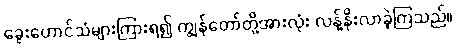
ခွေးဟောင်သံများကြားရ၍ ကျွန်တော်တို့အားလုံး လန့်နိုးလာခဲ့ကြသည်။